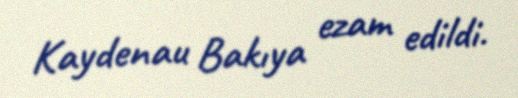
Kaydenau Bakıya ezam edildi.